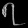
Digit: ၇